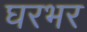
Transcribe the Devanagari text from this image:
घरभर